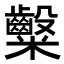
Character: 𮈀